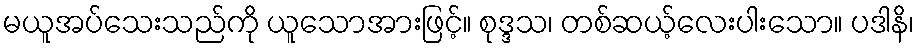
မယူအပ်သေးသည်ကို ယူသောအားဖြင့်။ စုဒ္ဒသ၊ တစ်ဆယ့်လေးပါးသော။ ပဒါနိ၊